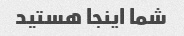
شما اینجا هستید